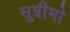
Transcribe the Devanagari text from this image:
सु्प्रीमो